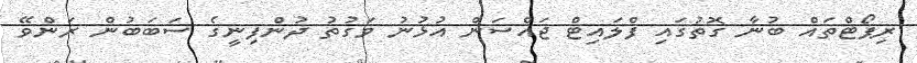
ރިޕޯޓްތައް ބުނާ ގޮތުގައި ފްލައިޓް ޖައްސަން އުޅުނު ވަގުތު ދުންފިނީގެ ސަބަބުން ރަންވޭ